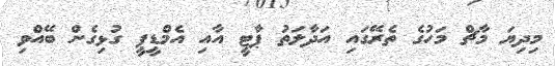
މިދިޔަ މާޗް މަހުގެ ތެރޭގައި އަދާލަތު ޕާޓީ އާއި އެމްޑީޕީ ގުޅިގެން ބޭއްވި